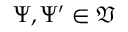
\Psi , \Psi ^ { \prime } \in \mathfrak { V }